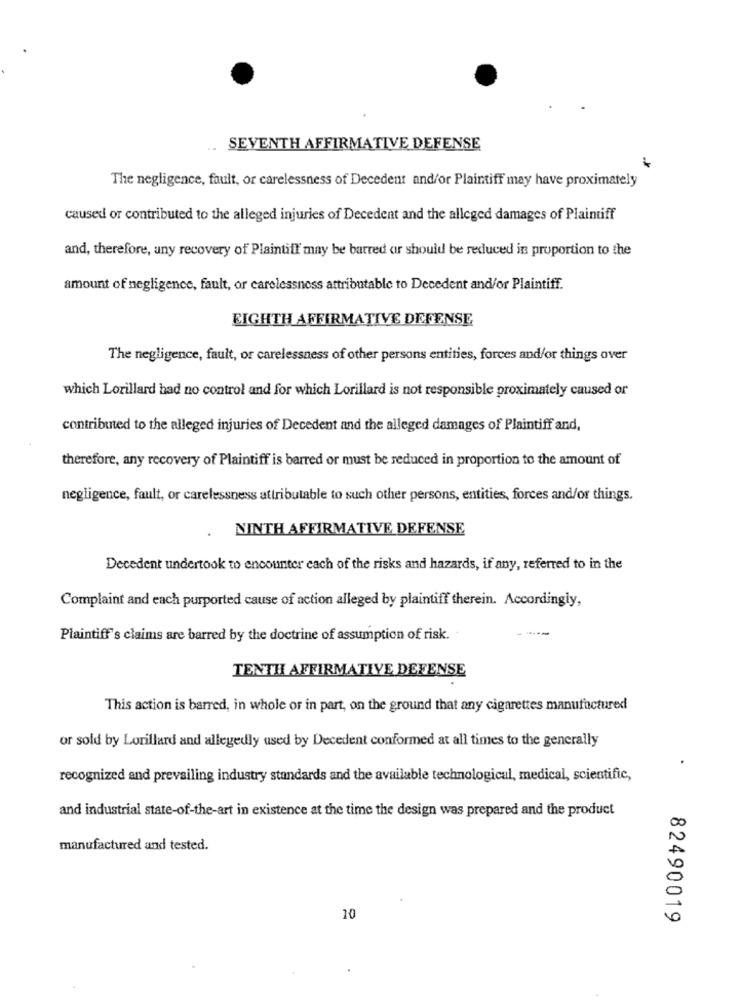
SEVENTH AFFIRMATIVE DEFENSE
The negligence, fault, or carelessness of Decedent and/or Plaintiff may have proximately
caused or contributed to the alleged injuries of Decedent and the alleged damages of Plaintiff
and, therefore, any recovery of Plaintiff may be barred ar should be reduced in proportion to the
amount of negligence, fault, or carelessness attributable to Decedent and/or Plaintiff.
EIGHTH AFFIRMATIVE DEFENSE
The negligence, fault, or carelessness of other persons entities, forces and/or things over
which Lorillard had no control and for which Lorillard is not responsible proximately caused or
contributed to the alleged injuries of Decedent and the alleged damages of Plaintiff and,
therefore, any recovery of Plaintiff is barred or must be reduced in proportion to the amount of
negligence, fault, or carelessness attributable to such other persons, entities, forces and/or things.
NINTH AFFIRMATIVE DEFENSE
Decedent undertook to encounter cach of the risks and hazards, if any, referred to in the
Complaint and each purported cause of action alleged by plaintiff therein. Accordingly,
Plaintiff's claims are barred by the doctrine of assumption of risk.
TENTH AFFIRMATIVE DEFENSE
This action is barred, in whole or in part, on the ground that any cigarettes manufactured
or sold by Lorillard and allegedly used by Decedent conformed at all times to the generally
recognized and prevailing industry standards and the available technological, medical, scientific,
and industrial state-of-the-art in existence at the time the design was prepared and the product
manufactured and tested.
10
82490019